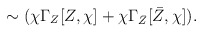
\begin{align*}\sim (\chi\Gamma_Z[Z,\chi]+\chi\Gamma_{\bar{Z}}[\bar{Z},\chi]).\end{align*}